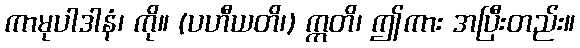
ကာမုပါဒါနံ၊ ကို။ (ပဟီယတိ၊) ဣတိ၊ ဤကား အပြီးတည်း။